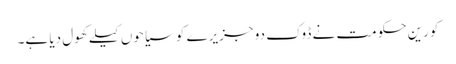
کورین حکومت نے ڈوک دو جزیرے کو سیاحوں کیلے کھول دیا ہے۔